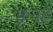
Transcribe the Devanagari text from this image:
फुनहे